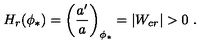
H _ { r } ( \phi _ { * } ) = \left( { \frac { a ^ { \prime } } { a } } \right) _ { \phi _ { * } } = | W _ { c r } | > 0 \ .